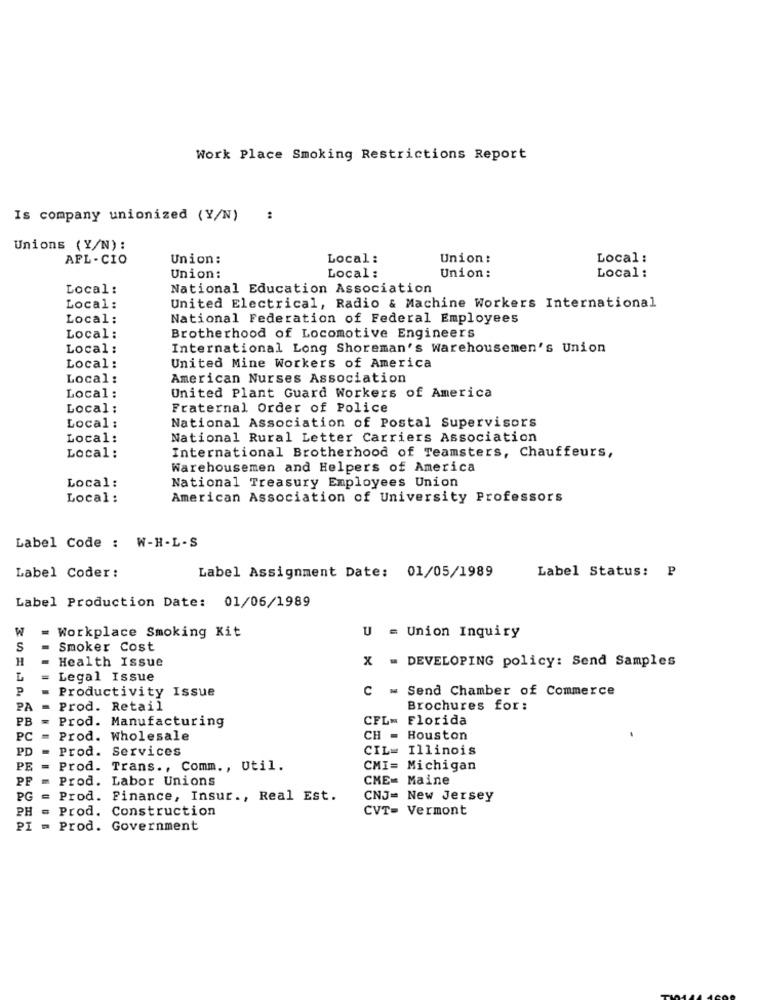
Work Place Smoking Restrictions Report
Is company unionized (Y/N)
:
Unions (Y/N) :
AFL - CIO
Union:
Local :
Union :
Local :
Union :
Union:
Local :
Local :
Local :
National Education Association
Local :
United Electrical, Radio & Machine Workers International
Local:
National Federation of Federal Employees
Local :
Brotherhood of Locomotive Engineers
Local :
International Long Shoreman's Warehousemen's Union
Local :
United Mine Workers of America
Local :
American Nurses Association
Local :
United Plant Guard Workers of America
Local :
Fraternal Order of Police
National Association of Postal Supervisors
Local :
Local:
National Rural Letter Carriers Association
Local :
International Brotherhood of Teamsters, Chauffeurs,
Warehousemen and Helpers of America
Local :
National Treasury Employees Union
Local :
American Association of University Professors
Label Code : W-H-L-S
Label Coder:
Label Status: P
Label Assignment Date: 01/05/1989
Label Production Date: 01/06/1989
W
= Workplace Smoking Kit
U = Union Inquiry
S
Smoker Cost
H
Health Issue
X = DEVELOPING policy: Send Samples
Legal Issue
P
Productivity Issue
C = Send Chamber of Commerce
PA
Prod. Retail
Brochures for:
PB
= Prod. Manufacturing
CFL
Florida
PC
Prod. Wholesale
CH -
Houston
PD
Prod. Services
CIL= Illinois
PE
Prod. Trans ., Comm ., Util.
CMI= Michigan
PF
m
Prod. Labor Unions
CME= Maine
PG = Prod. Finance, Insur ., Real Est.
CNJ= New Jersey
PH = Prod. Construction
CVT= Vermont
PI = Prod. Government